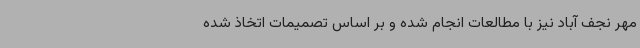
مهر نجف آباد نیز با مطالعات انجام شده و بر اساس تصمیمات اتخاذ شده